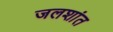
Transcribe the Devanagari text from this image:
जलशांत